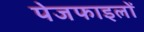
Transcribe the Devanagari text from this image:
पेजफाइलों